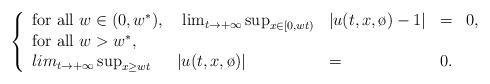
LaTeX: \begin{align*} \left\{\begin{array}{lllcl}\hbox{for all }w\in (0,w^*),& \ \lim_{t\to+\infty}\sup_{x\in [0,wt)}& |u(t,x,\o)-1| &= & 0,\\\hbox{for all } w> w^*,& \\lim_{t\to+\infty} \sup_{x\geq wt} &|u(t,x,\o)| &= & 0.\\\end{array}\right. \end{align*}